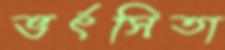
ভর্ৎসিতা